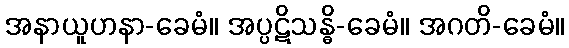
အနာယူဟနာ-ခေမံ။ အပ္ပဋိသန္ဓိ-ခေမံ။ အဂတိ-ခေမံ။